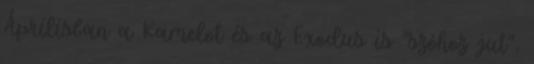
Áprilisban a Kamelot és az Exodus is "szóhoz jut",